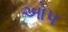
ઓપ